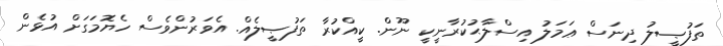
ތަފުޞީލު ދިނަސް ޢަމަލު އިސްލާޙުކުރާނީކީ ނޫން. ކީއްކުރާ ތަފުޞީލެއް. އެވަރުންވެސް ހެޔޮމަގަށް އުޅެން